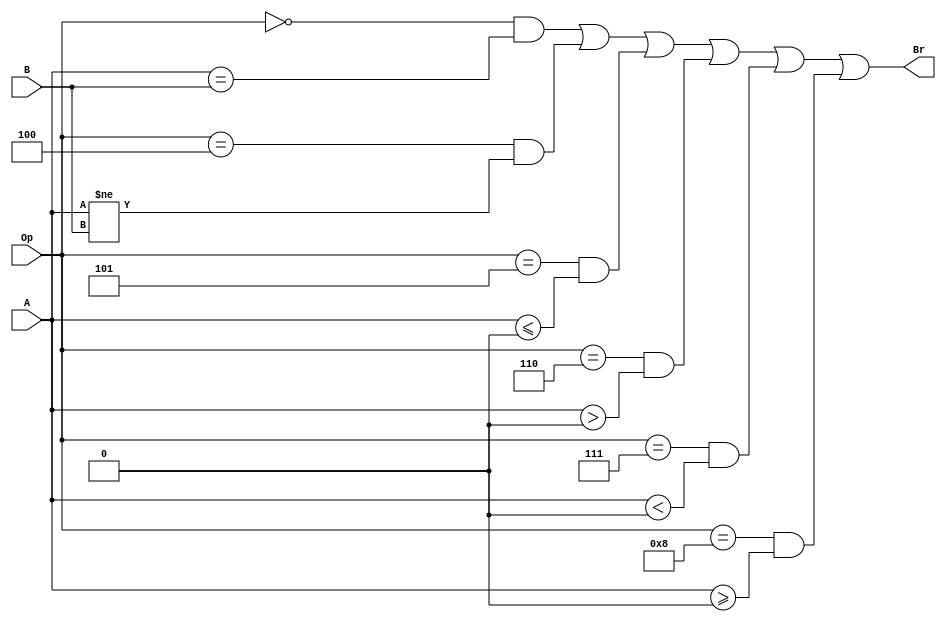
`timescale 1ns / 1ps

module CMP(
	A, B, Op, 
	Br    
);
	input [31:0] A, B;
	input [3:0] Op;
	output Br;

	assign Br =  ((Op == 4'b0000) & (A == B)) //beq
			   | ((Op == 4'b0100) & (A != B)) //bne
			   | ((Op == 4'b0101) & ($signed(A) <= $signed(0))) //blez
			   | ((Op == 4'b0110) & ($signed(A) > $signed(0))) //bgtz
			   | ((Op == 4'b0111) & ($signed(A) < $signed(0))) //bltz
			   | ((Op == 4'b1000) & ($signed(A) >= $signed(0))); //bgez


endmodule